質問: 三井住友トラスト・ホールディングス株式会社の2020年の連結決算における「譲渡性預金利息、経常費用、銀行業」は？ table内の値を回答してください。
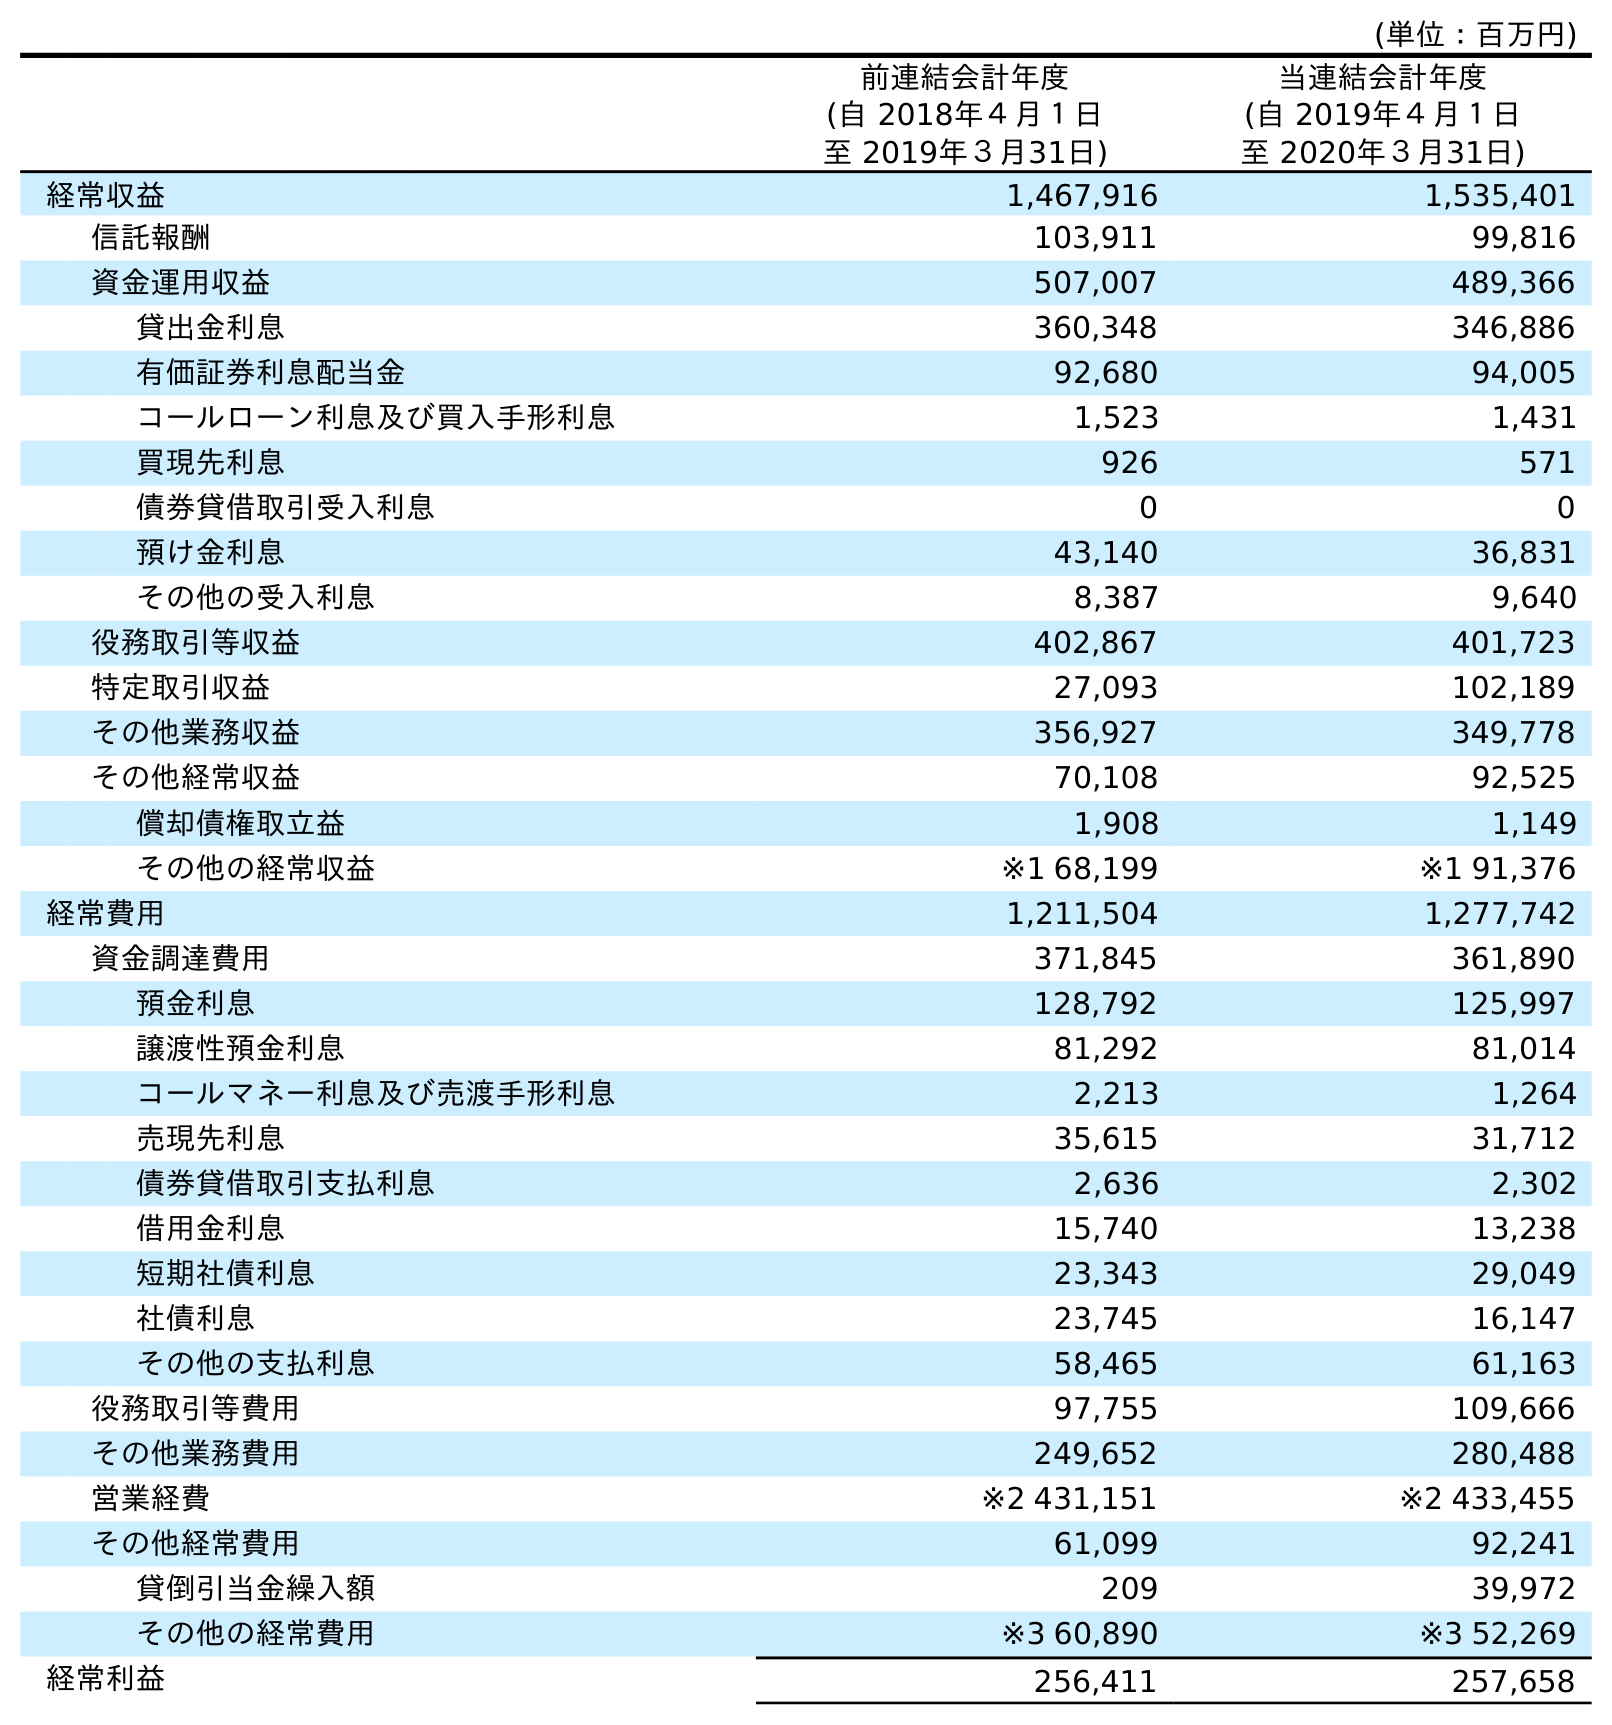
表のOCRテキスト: (単位：百万円) 前連結会計年度 (自 2018年４月１日 至 2019年３月31日) 当連結会計年度 (自 2019年４月１日 至 2020年３月31日) 経常収益 1,467,916 1,535,401 信託報酬 103,911 99,816 資金運用収益 507,007 489,366 貸出金利息 360,348 346,886 有価証券利息配当金 92,680 94,005 コールローン利息及び買入手形利息 1,523 1,431 買現先利息 926 571 債券貸借取引受入利息 0 0 預け金利息 43,140 36,831 その他の受入利息 8,387 9,640 役務取引等収益 402,867 401,723 特定取引収益 27,093 102,189 その他業務収益 356,927 349,778 その他経常収益 70,108 92,525 償却債権取立益 1,908 1,149 その他の経常収益 ※1 68,199 ※1 91,376 経常費用 1,211,504 1,277,742 資金調達費用 371,845 361,890 預金利息 128,792 125,997 譲渡性預金利息 81,292 81,014 コールマネー利息及び売渡手形利息 2,213 1,264 売現先利息 35,615 31,712 債券貸借取引支払利息 2,636 2,302 借用金利息 15,740 13,238 短期社債利息 23,343 29,049 社債利息 23,745 16,147 その他の支払利息 58,465 61,163 役務取引等費用 97,755 109,666 その他業務費用 249,652 280,488 営業経費 ※2 431,151 ※2 433,455 その他経常費用 61,099 92,241 貸倒引当金繰入額 209 39,972 その他の経常費用 ※3 60,890 ※3 52,269 経常利益 256,411 257,658
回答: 81,014